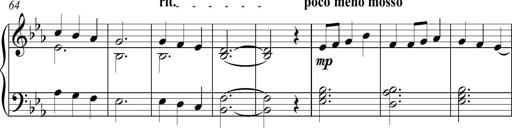
Title: Piano Sonatina in C
Composer: Daniel LÃ©o Simpson
Key: C major